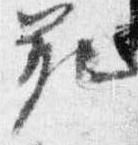
範